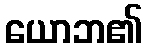
ယောဘ၏